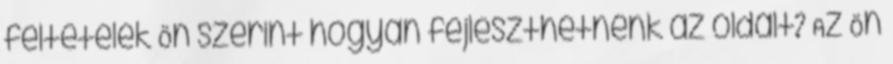
feltételek Ön szerint hogyan fejleszthetnénk az oldalt? Az Ön